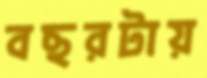
বছরটায়